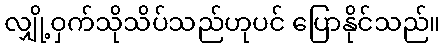
လျှို့ဝှက်သိုသိပ်သည်ဟုပင် ပြောနိုင်သည်။